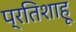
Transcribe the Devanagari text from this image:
प्रतिशाहू